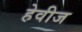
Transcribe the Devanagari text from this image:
हेवीज